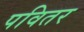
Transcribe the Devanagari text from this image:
पवितर